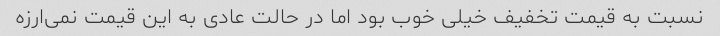
نسبت به قیمت تخفیف خیلی خوب بود اما در حالت عادی به این قیمت نمی‌ارزه